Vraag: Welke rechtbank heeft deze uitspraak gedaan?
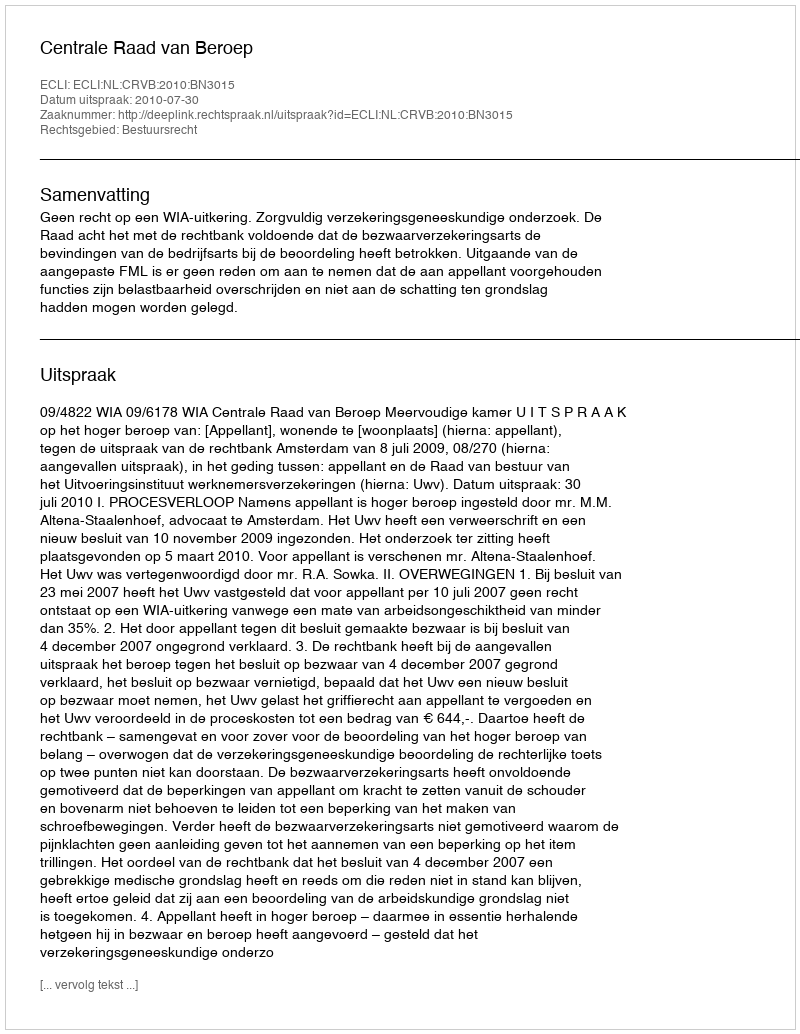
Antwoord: Centrale Raad van Beroep